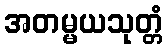
အတမ္မယသုတ္တံ